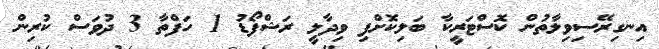
އިނގިރޭސިވިލާތުން ކޮސްޓަރީކާ ބަލިކޮށްފި ވިދާލީ ރަޝްފޯޑު 1 ހަފްތާ 3 ދުވަސް ކުރިން